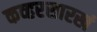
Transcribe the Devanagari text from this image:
कव्हरसारखं